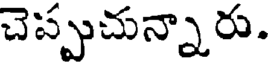
చెప్పుచున్నారు.